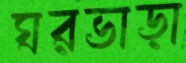
ঘরভাড়া